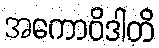
အကောဝိဒါတိ